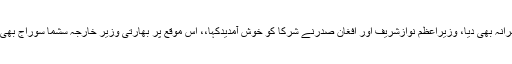
وزیراعظم نواز شریف نے ہارٹ آف ایشیا کانفرنس کے شرکا کے اعزاز میں ظہرانہ بھی دیا، وزیراعظم نوازشریف اور افغان صدرنے شرکا کو خوش آمدیدکہا،، اس موقع پر بھارتی وزیر خارجہ سشما سوراج بھی موجود تھیں،، ظہرانے میں شرکا مختلف امور پر غیررسمی گفتگو کرتے رہے۔